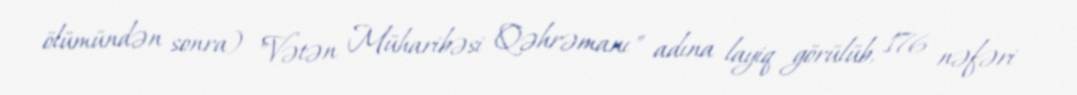
ölümündən sonra) "Vətən Müharibəsi Qəhrəmanı" adına layiq görülüb, 176 nəfəri